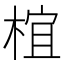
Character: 椬